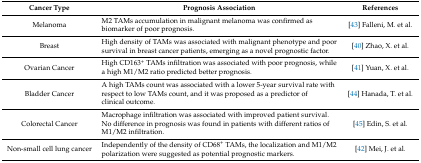
<table><thead><tr><td><b>Cancer Type</b></td><td><b>Prognosis Association</b></td><td><b>References</b></td></tr></thead><tbody><tr><td>Melanoma</td><td>M2 TAMs accumulation in malignant melanoma was confirmed as biomarker of poor prognosis.</td><td>[43] Falleni, M. et al.</td></tr><tr><td>Breast</td><td>High density of TAMs was associated with malignant phenotype and poor survival in breast cancer patients, emerging as a novel prognostic factor.</td><td>[40] Zhao, X. et al.</td></tr><tr><td>Ovarian Cancer</td><td>High CD163<sup>+</sup> TAMs infiltration was associated with poor prognosis, while a high M1/M2 ratio predicted better prognosis.</td><td>[41] Yuan, X. et al.</td></tr><tr><td>Bladder Cancer</td><td>A high TAMs count was associated with a lower 5-year survival rate with respect to low TAMs count, and it was proposed as a predictor of clinical outcome.</td><td>[44] Hanada, T. et al.</td></tr><tr><td>Colorectal Cancer</td><td>Macrophage infiltration was associated with improved patient survival. No difference in prognosis was found in patients with different ratios of M1/M2 infiltration.</td><td>[45] Edin, S. et al.</td></tr><tr><td>Non-small cell lung cancer</td><td>Independently of the density of CD68<sup>+</sup> TAMs, the localization and M1/M2 polarization were suggested as potential prognostic markers.</td><td>[42] Mei, J. et al.</td></tr></tbody></table>